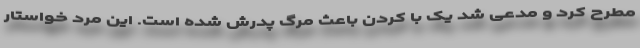
مطرح کرد و مدعی شد یک با کردن باعث مرگ پدرش شده است. این مرد خواستار